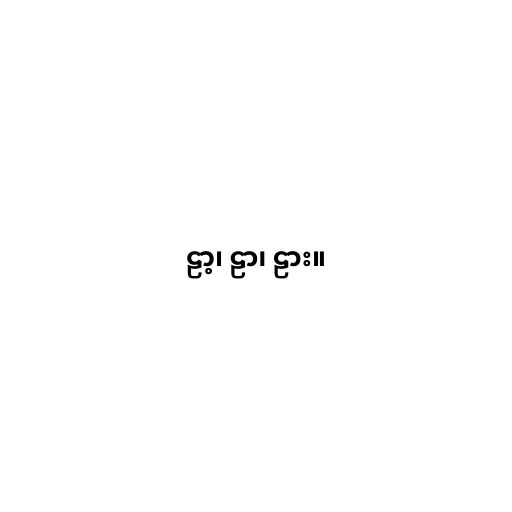
ဠာ့၊ ဠာ၊ ဠား။